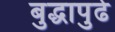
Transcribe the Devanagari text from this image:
बुद्धापुढे